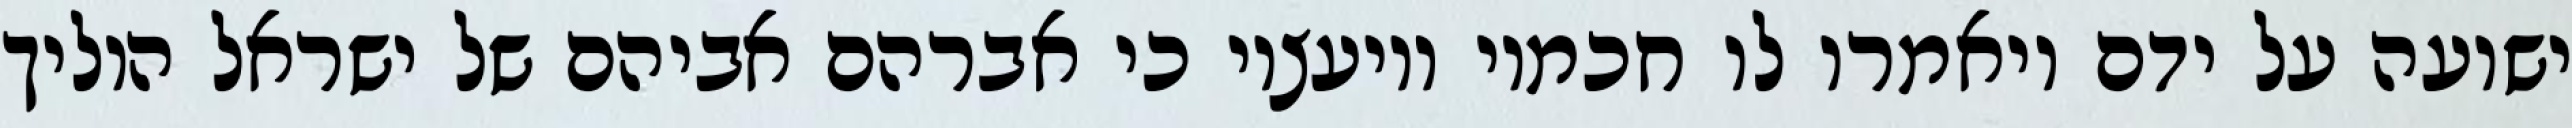
ישועה על ידם ויאמרו לו חכמיו ויועציו כי אברהם אביהם של ישראל הוליך